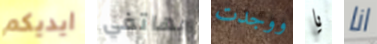
ايديكم بهاتفي ووجدت يا انا